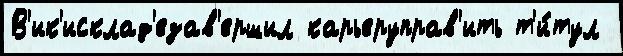
В'ик'исклад'езав'ершил карьеруправ'ить т'и́тул